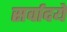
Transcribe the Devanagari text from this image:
सर्वादये